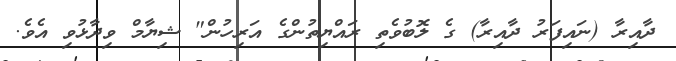
ދާއިރާ (ނައިފަރު ދާއިރާ) ގެ ލޮބުވެތި ރައްޔިތުންގެ އަރިހުން" ޝިޔާމް ވިދާޅުވި އެވެ.